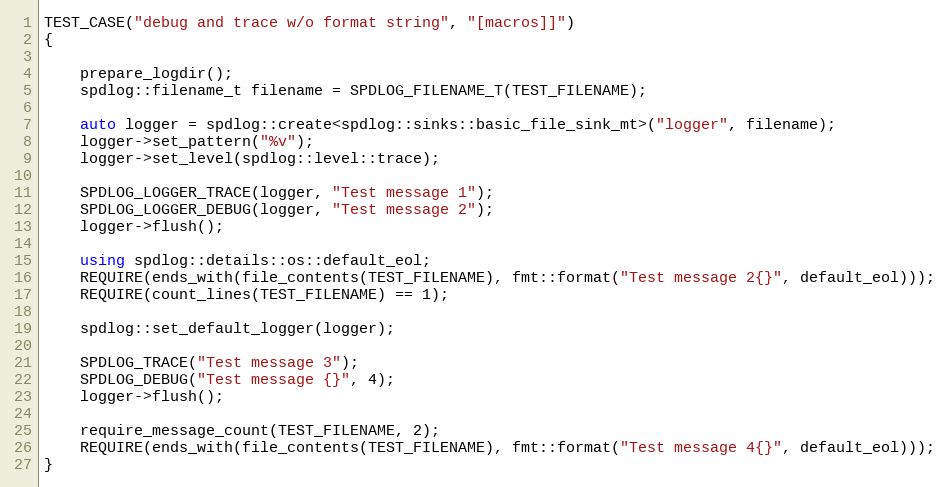
Language: C++
TEST_CASE("debug and trace w/o format string", "[macros]]")
{

    prepare_logdir();
    spdlog::filename_t filename = SPDLOG_FILENAME_T(TEST_FILENAME);

    auto logger = spdlog::create<spdlog::sinks::basic_file_sink_mt>("logger", filename);
    logger->set_pattern("%v");
    logger->set_level(spdlog::level::trace);

    SPDLOG_LOGGER_TRACE(logger, "Test message 1");
    SPDLOG_LOGGER_DEBUG(logger, "Test message 2");
    logger->flush();

    using spdlog::details::os::default_eol;
    REQUIRE(ends_with(file_contents(TEST_FILENAME), fmt::format("Test message 2{}", default_eol)));
    REQUIRE(count_lines(TEST_FILENAME) == 1);

    spdlog::set_default_logger(logger);

    SPDLOG_TRACE("Test message 3");
    SPDLOG_DEBUG("Test message {}", 4);
    logger->flush();

    require_message_count(TEST_FILENAME, 2);
    REQUIRE(ends_with(file_contents(TEST_FILENAME), fmt::format("Test message 4{}", default_eol)));
}